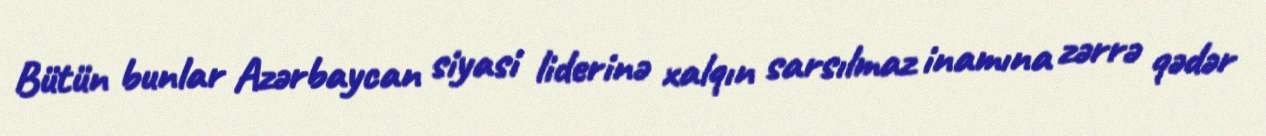
Bütün bunlar Azərbaycan siyasi liderinə xalqın sarsılmaz inamına zərrə qədər